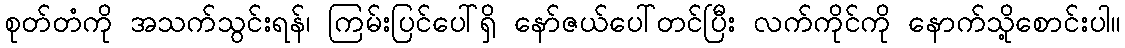
စုတ်တံကို အသက်သွင်းရန်၊ ကြမ်းပြင်ပေါ်ရှိ နော်ဇယ်ပေါ်တင်ပြီး လက်ကိုင်ကို နောက်သို့စောင်းပါ။